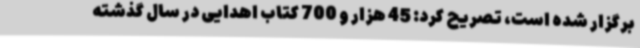
برگزار شده است، تصریح کرد: 45 هزار و 700 کتاب اهدایی در سال گذشته